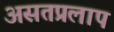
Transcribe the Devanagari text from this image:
असतप्रलाप